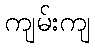
ကျမ်းကျ